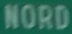
NORD